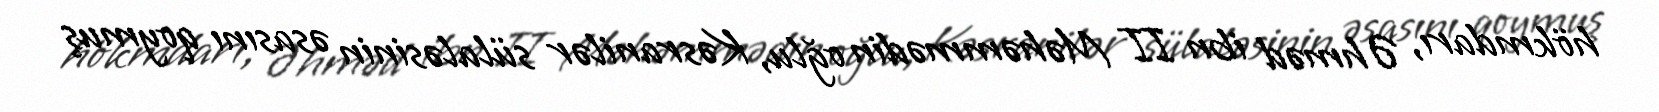
hökmdarı, Əhməd ibn II Məhəmmədin oğlu, Kəsranilər sülaləsinin əsasını qoymuş